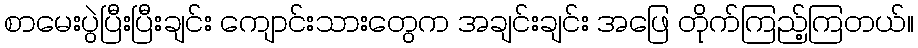
စာမေးပွဲပြီးပြီးချင်း ကျောင်းသားတွေက အချင်းချင်း အဖြေ တိုက်ကြည့်ကြတယ်။